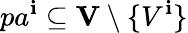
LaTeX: pa^{\mathbf{i}}\subseteq\mathbf{{V}}\setminus\{ V^{\mathbf{i}}\}